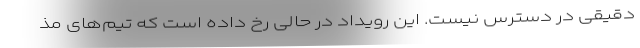
دقیقی در دسترس نیست. این رویداد در حالی رخ داده است که تیم‌های مذ